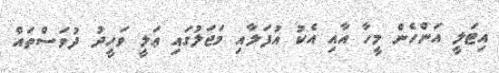
އިޓަލީ އަންހެން މީހާ އާއި އެކު އުފަލާއި މަޖަލުގައި ޢަލީ ވަހީދު ދުވަސްތައް